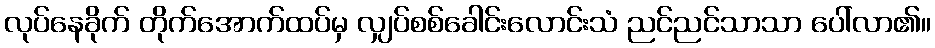
လုပ်နေခိုက် တိုက်အောက်ထပ်မှ လျှပ်စစ်ခေါင်းလောင်းသံ ညင်ညင်သာသာ ပေါ်လာ၏။